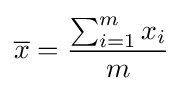
{\overline {x}}={\frac {\sum _{i=1}^{m}x_{i}}{m}}